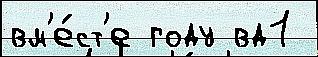
вм'е́ст'е году вд1